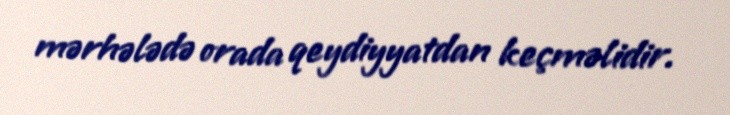
mərhələdə orada qeydiyyatdan keçməlidir.